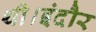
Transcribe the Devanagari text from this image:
थी।इंदौर